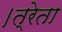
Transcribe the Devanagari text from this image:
।त्रेता